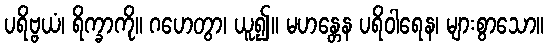
ပရိဗ္ဗယံ၊ ရိက္ခာကို။ ဂဟေတွာ၊ ယူ၍။ မဟန္တေန ပရိဝါရေန၊ များစွာသော။